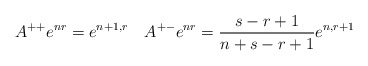
\begin{align*}A^{++}e^{nr}=e^{n+1,r}\quad A^{+-}e^{nr}=\frac{s-r+1}{n+s-r+1}e^{n,r+1}\end{align*}